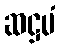
ဆဋ္ဌမံ